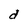
Character: d